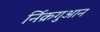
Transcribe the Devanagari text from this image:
र्निक्रगुआन